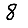
Digit: 8